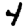
Digit: 4